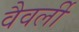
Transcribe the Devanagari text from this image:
वैवर्ली